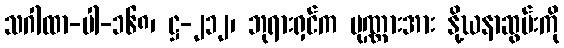
သဂါထာ-ပါ-၁၆၈၊ ဋ္ဌ-၂၁၂၊ ဘုရားရှင်က ပုဏ္ဏားအား နို့ဃနာဆွမ်းကို